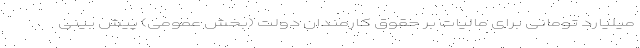
میلیارد تومانی برای مالیات بر حقوق کارمندان دولت (بخش عمومی) پیش بینی